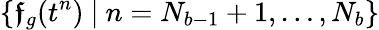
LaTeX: \{ \boldsymbol{\mathfrak{f}}_{g}(t^{n})\ |\ n=N_{b-1}+1,\dots,N_{b}\}